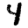
Digit: 4